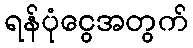
ရန်ပုံငွေအတွက်